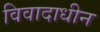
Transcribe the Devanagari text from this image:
विवादाधीन